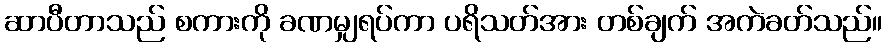
ဆာပီတာသည် စကားကို ခဏမျှရပ်ကာ ပရိသတ်အား တစ်ချက် အကဲခတ်သည်။